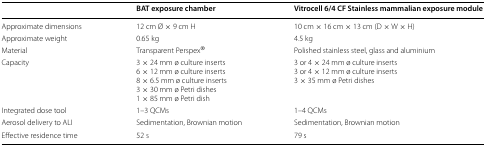
|  | BAT exposure chamber | Vitrocell 6/4 CF Stainless mammalian exposure module |
 | --- | --- | --- |
 | Approximate dimensions | 12 cm Ø × 9 cm H | 10 cm × 16 cm × 13 cm (D × W × H) |
 | Approximate weight | 0.65 kg | 4.5 kg |
 | Material | Transparent Perspex® | Polished stainless steel, glass and aluminium |
 | Capacity | 3 × 24 mm ø culture inserts6 × 12 mm ø culture inserts8 × 6.5 mm ø culture inserts3 × 30 mm ø Petri dishes1 × 85 mm ø Petri dish | 3 or 4 × 24 mm ø culture inserts3 or 4 × 12 mm ø culture inserts3 × 35 mm ø Petri dishes |
 | Integrated dose tool | 1–3 QCMs | 1–4 QCMs |
 | Aerosol delivery to ALI | Sedimentation, Brownian motion | Sedimentation, Brownian motion |
 | Effective residence time | 52 s | 79 s |